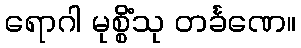
ရောဂါ မုစ္စိံသု တင်္ခဏေ။